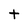
Character: t